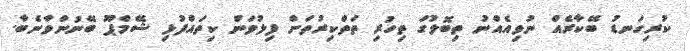
ކުރިގަނޑު ބޭކާރެއް ނުވިއެއްނު ތިބޮލުގަ ތިހުރި ތަތްކިރުތަށް ފިލުވަން ކިތައްފުޅި ޝޭމްޕޫ ބޭނުންވާނެބާ.